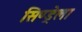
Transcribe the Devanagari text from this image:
सिण्ड्रेला